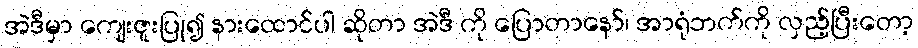
အဲဒီမှာ ကျေးဇူးပြု၍ နားထောင်ပါ ဆိုတာ အဲဒီ ကို ပြောတာနော်၊ အာရုံဘက်ကို လှည့်ပြီးတော့